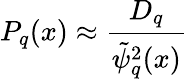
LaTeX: P_{q}(x)\approx\frac{D_{q}}{\tilde{\psi}_{q}^{2}(x)}